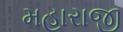
મહારાજી